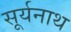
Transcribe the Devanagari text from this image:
सूर्यनाथ